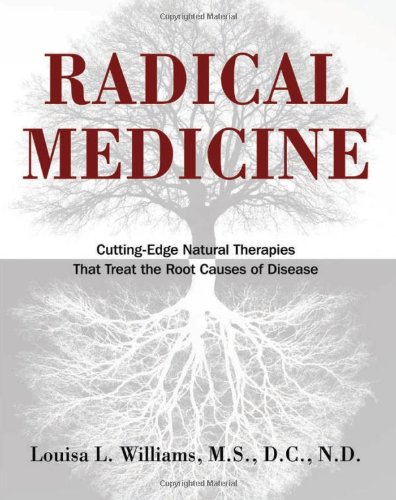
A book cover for Radical Medicine: Cutting-Edge Natural Therapies That Treat the Root Causes of Disease; Louisa L. Williams M.S.  D.C.  N.D.; Health, Fitness & Dieting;